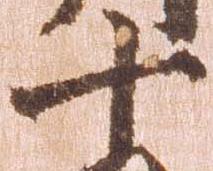
十